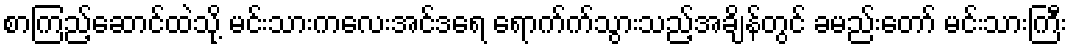
စာကြည့်ဆောင်ထဲသို့ မင်းသားကလေးအင်ဒရေ ရောက်က်သွားသည့်အချိန်တွင် ခမည်းတော် မင်းသားကြီး